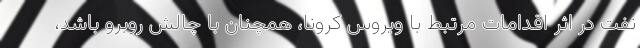
نفت در اثر اقدامات مرتبط با ویروس کرونا، همچنان با چالش روبرو باشد،